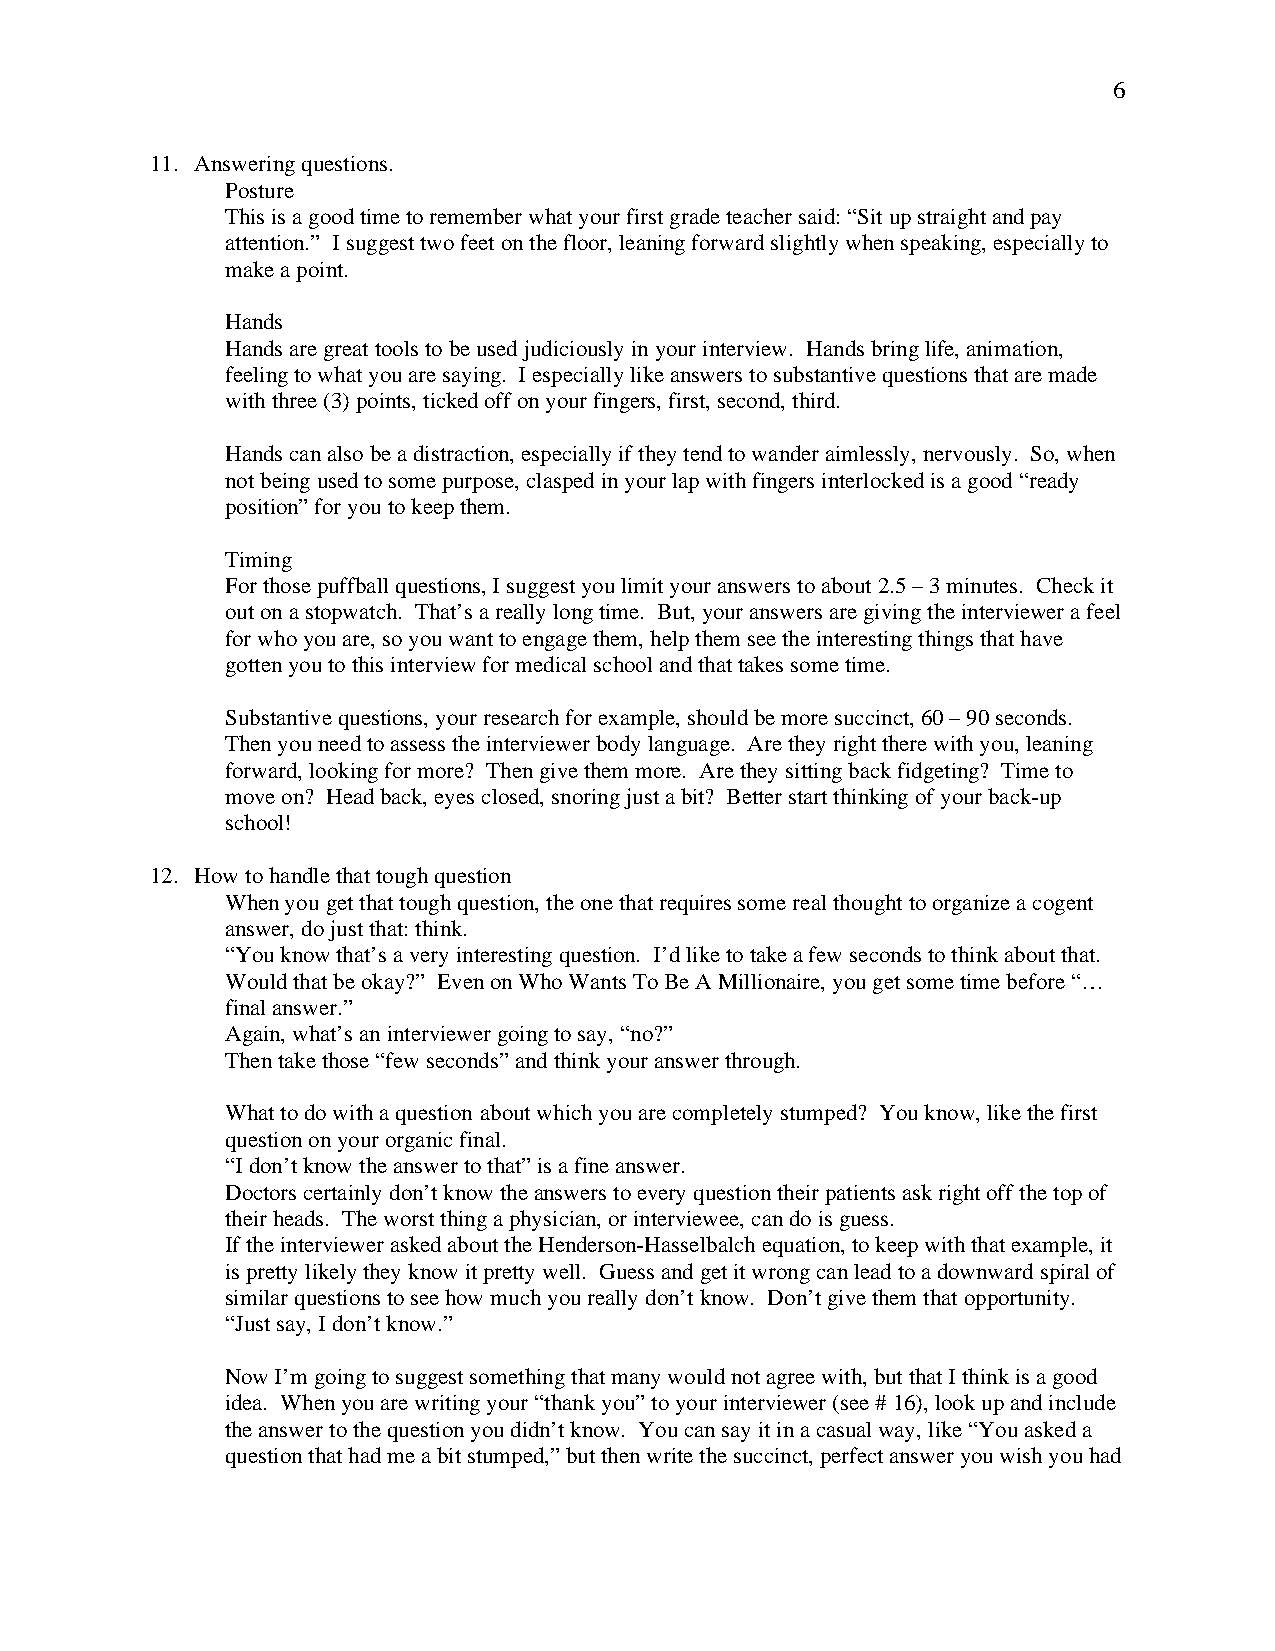
6
 11. Answering questions.
 Posture
 This is a good time to remember what your first grade teacher said: “Sit up straight and pay
 attention.” I suggest two feet on the floor, leaning forward slightly when speaking, especially to
 make a point.
 Hands
 Hands are great tools to be used judiciously in your interview. Hands bring life, animation,
 feeling to what you are saying. I especially like answers to substantive questions that are made
 with three (3) points, ticked off on your fingers, first, second, third.
 Hands can also be a distraction, especially if they tend to wander aimlessly, nervously. So, when
 not being used to some purpose, clasped in your lap with fingers interlocked is a good “ready
 position” for you to keep them.
 Timing
 For those puffball questions, I suggest you limit your answers to about 2.5 – 3 minutes. Check it
 out on a stopwatch. That’s a really long time. But, your answers are giving the interviewer a feel
 for who you are, so you want to engage them, help them see the interesting things that have
 gotten you to this interview for medical school and that takes some time.
 Substantive questions, your research for example, should be more succinct, 60 – 90 seconds.
 Then you need to assess the interviewer body language. Are they right there with you, leaning
 forward, looking for more? Then give them more. Are they sitting back fidgeting? Time to
 move on? Head back, eyes closed, snoring just a bit? Better start thinking of your back-up
 school!
 12. How to handle that tough question
 When you get that tough question, the one that requires some real thought to organize a cogent
 answer, do just that: think.
 “You know that’s a very interesting question. I’d like to take a few seconds to think about that.
 Would that be okay?” Even on Who Wants To Be A Millionaire, you get some time before “…
 final answer.”
 Again, what’s an interviewer going to say, “no?”
 Then take those “few seconds” and think your answer through.
 What to do with a question about which you are completely stumped? You know, like the first
 question on your organic final.
 “I don’t know the answer to that” is a fine answer.
 Doctors certainly don’t know the answers to every question their patients ask right off the top of
 their heads. The worst thing a physician, or interviewee, can do is guess.
 If the interviewer asked about the Henderson-Hasselbalch equation, to keep with that example, it
 is pretty likely they know it pretty well. Guess and get it wrong can lead to a downward spiral of
 similar questions to see how much you really don’t know. Don’t give them that opportunity.
 “Just say, I don’t know.”
 Now I’m going to suggest something that many would not agree with, but that I think is a good
 idea. When you are writing your “thank you” to your interviewer (see # 16), look up and include
 the answer to the question you didn’t know. You can say it in a casual way, like “You asked a
 question that had me a bit stumped,” but then write the succinct, perfect answer you wish you had